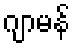
ဂျာမန်